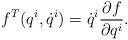
LaTeX: \begin{align*} f^{T}(q^i,\dot{q}^i)=\dot{q}^i\frac{\partial f}{\partial q^i}.\end{align*}